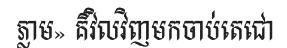
ភ្លាម» គឺវិលវិញមកចាប់តេជោ